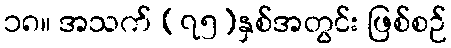
၁၈။ အသက် (၇၅)နှစ်အတွင်း ဖြစ်စဉ်